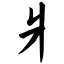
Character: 爿